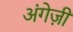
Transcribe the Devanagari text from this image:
अंगेज़ी